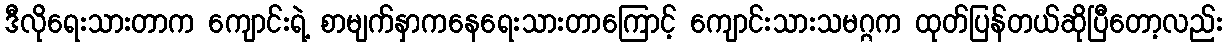
ဒီလိုရေးသားတာက ကျောင်းရဲ့ စာမျက်နှာကနေရေးသားတာကြောင့် ကျောင်းသားသမဂ္ဂက ထုတ်ပြန်တယ်ဆိုပြီတော့လည်း